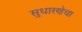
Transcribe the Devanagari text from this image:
सुधारणेचा